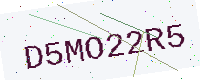
Text: D5MO22R5